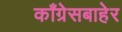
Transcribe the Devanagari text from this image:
काँग्रेसबाहेर